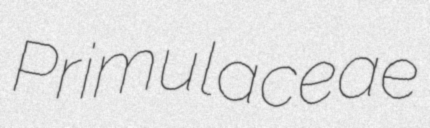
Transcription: Primulaceae